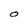
Character: O